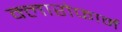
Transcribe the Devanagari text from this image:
क्लारोफार्म